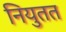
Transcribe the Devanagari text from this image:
नियुतत